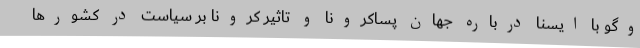
وگو با ایسنا درباره جهان پساکرونا و تاثیر کرونا بر سیاست در کشورها